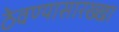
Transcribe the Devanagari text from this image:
ठेवण्यासारख्खा